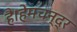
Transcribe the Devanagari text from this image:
है।हेमचन्द्र